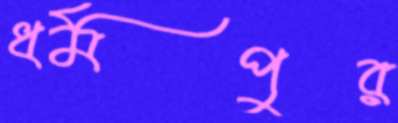
ধর্মপুর